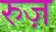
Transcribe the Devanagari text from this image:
रुज़